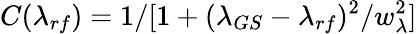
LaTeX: C(\lambda_{rf})=1/[1+(\lambda_{GS}-\lambda_{rf})^{2}/w_{\lambda}^{2}]